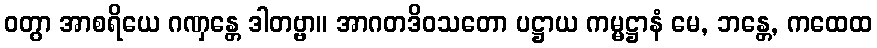
ဝတွာ အာစရိယေ ဂဏှန္တေ ဒါတဗ္ဗာ။ အာဂတဒိဝသတော ပဋ္ဌာယ ကမ္မဋ္ဌာနံ မေ, ဘန္တေ, ကထေထ